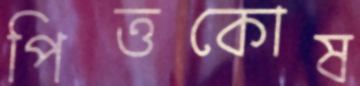
পিত্তকোষ